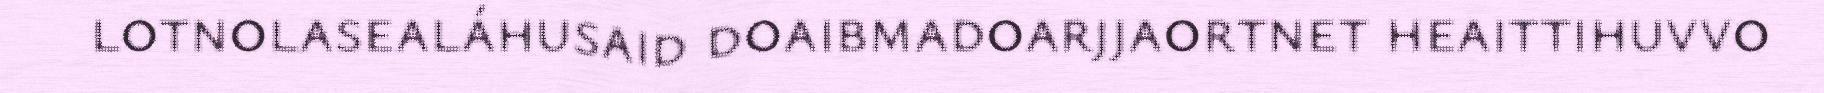
lotnolasealáhusaid doaibmadoarjjaortnet heaittihuvvo